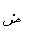
Letter: _dad